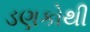
ડણકોથી